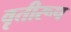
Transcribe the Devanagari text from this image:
वृतीरूप